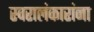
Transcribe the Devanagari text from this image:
स्वरालंकारांना